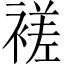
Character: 褨